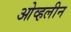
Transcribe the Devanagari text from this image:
ओव्हलीन